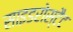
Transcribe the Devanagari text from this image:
साइडरोस्टैट